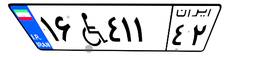
۱۶W۴۱۱۴۲